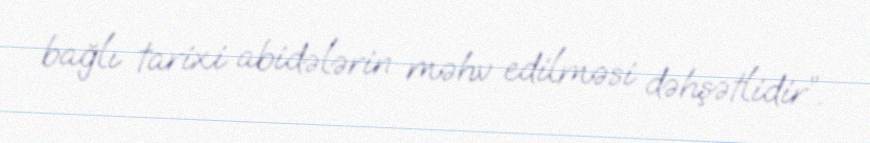
bağlı tarixi abidələrin məhv edilməsi dəhşətlidir”.